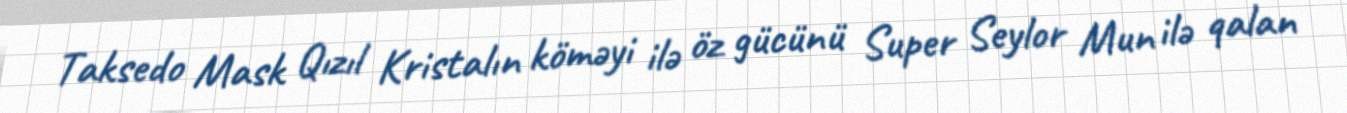
Taksedo Mask Qızıl Kristalın köməyi ilə öz gücünü Super Seylor Mun ilə qalan